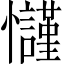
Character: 𢥢